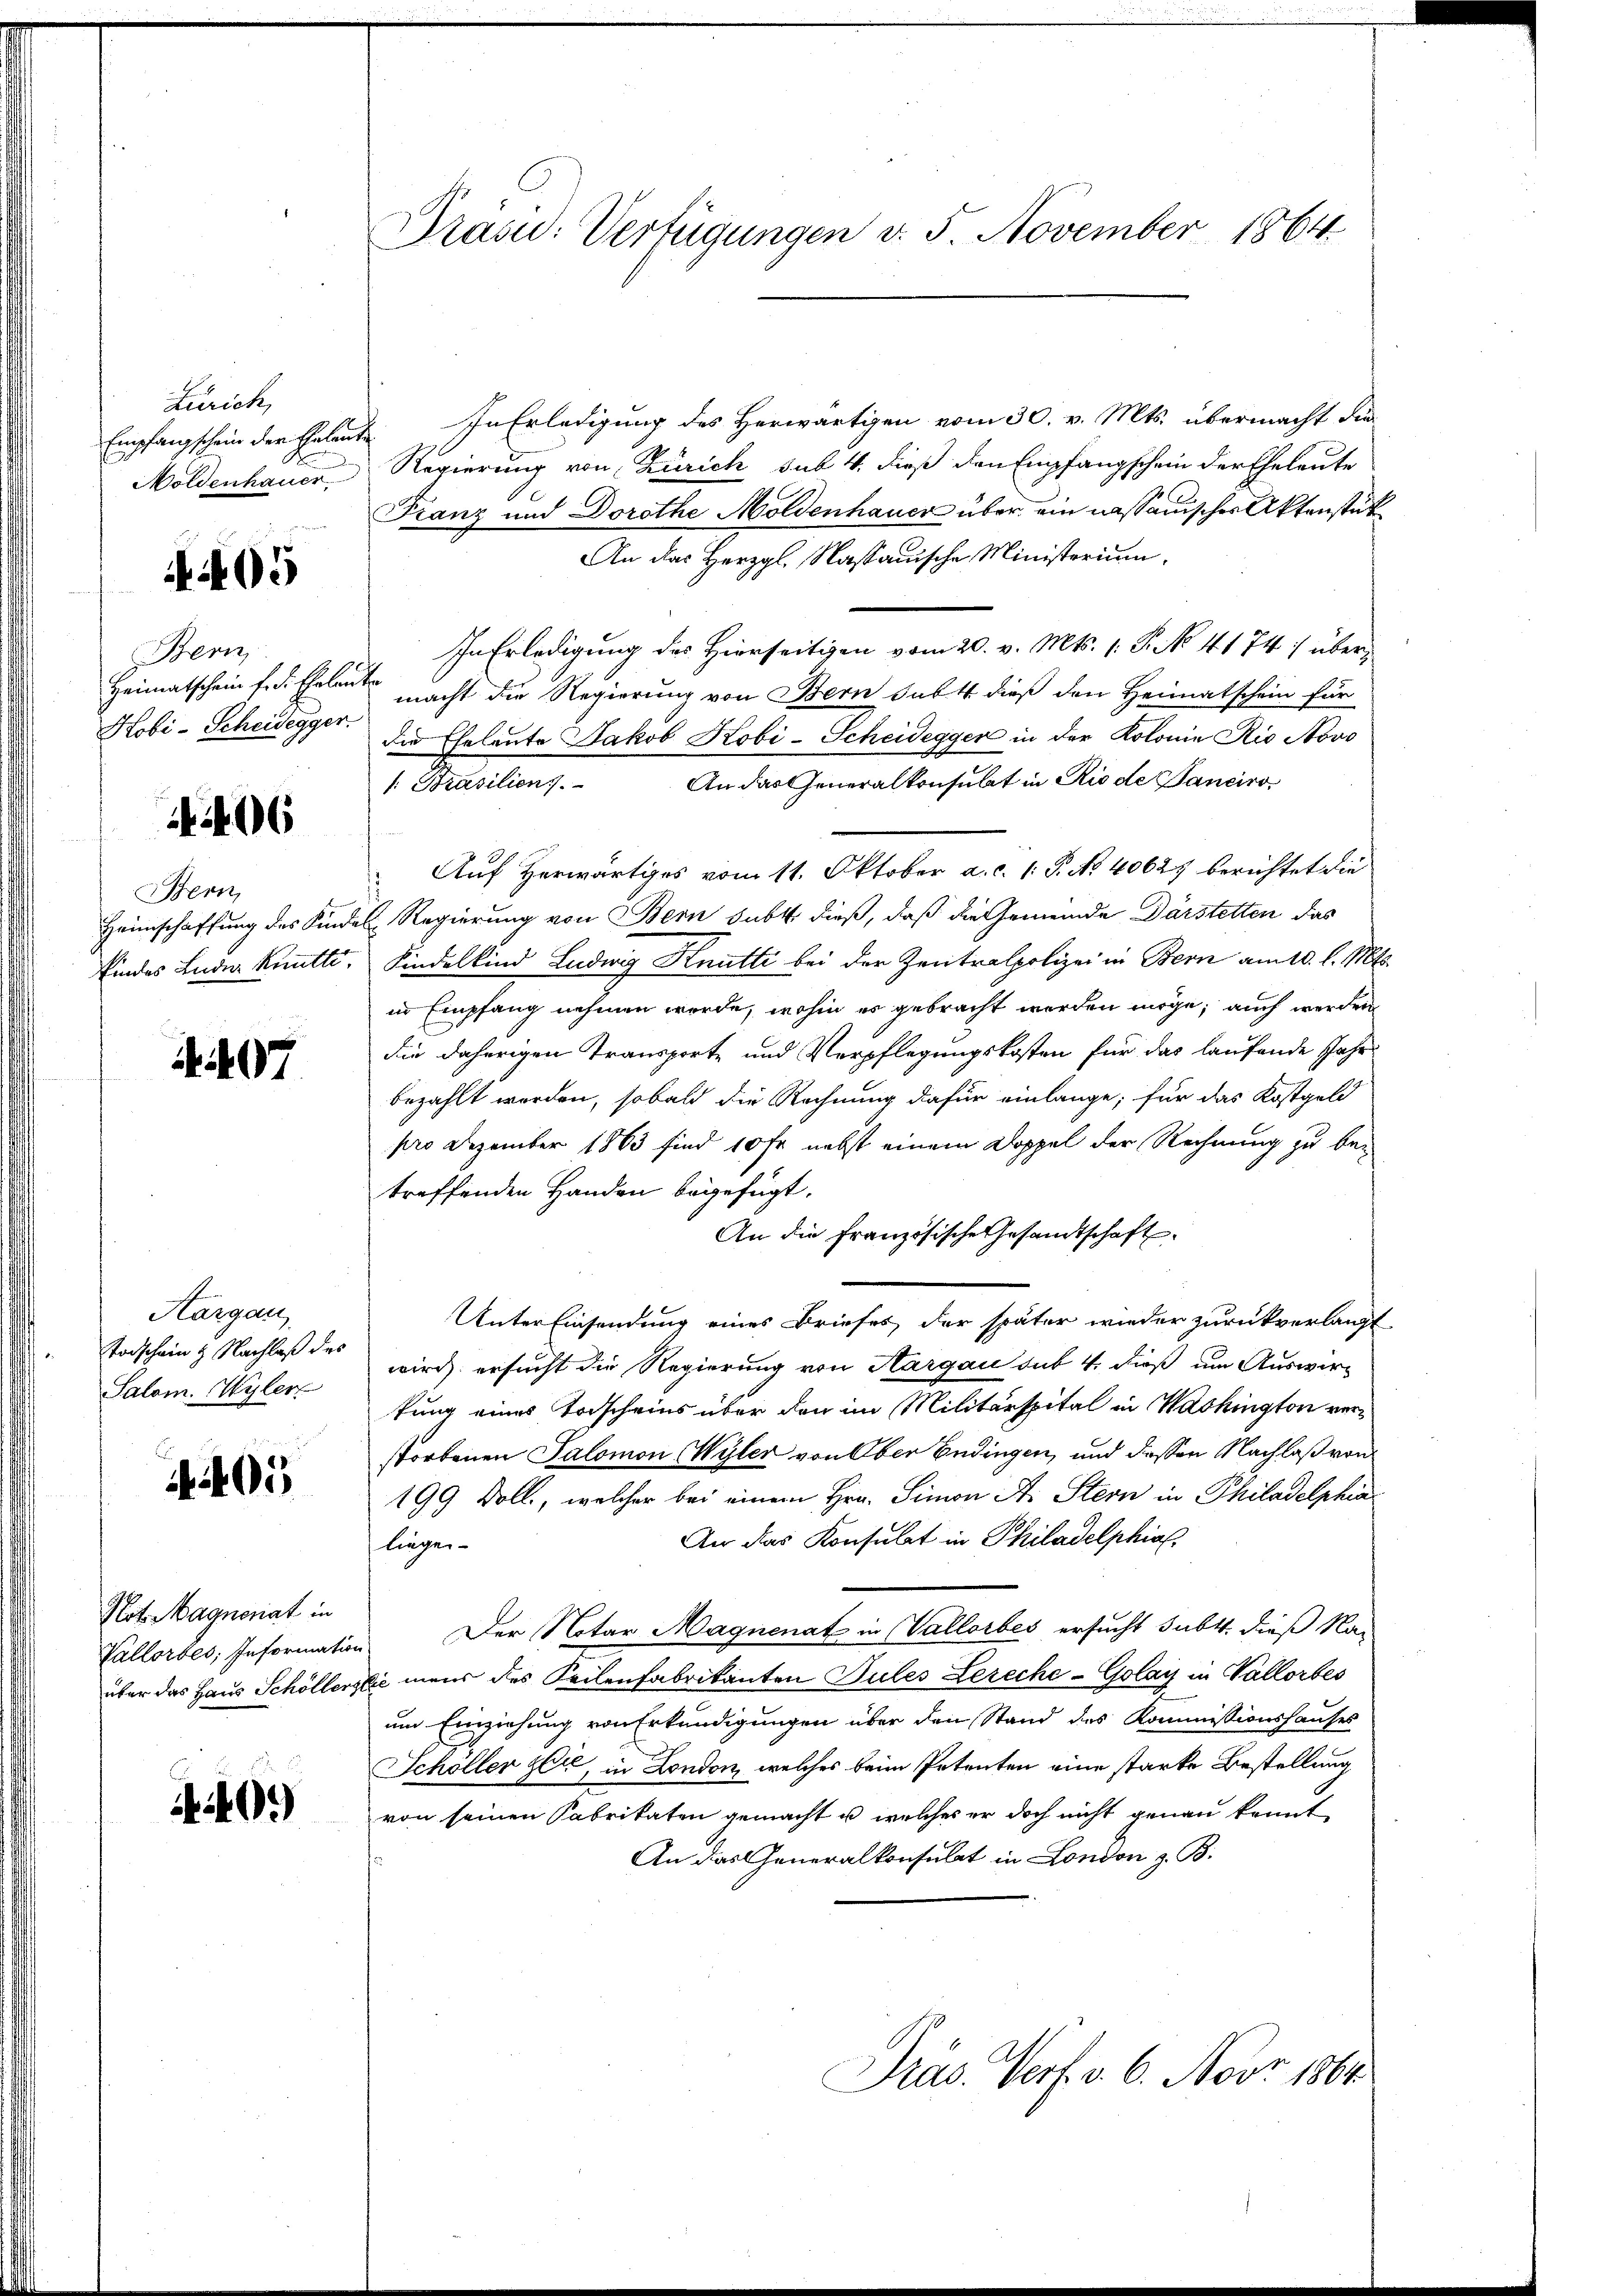
Zürich,
Empfangschein der Galant
Moldenhauer.

405

Bern
Heimatschein f. S. Eheleut
Hobi-Scheidegger.

406

Bern,
Heimschaffung des Kind¬
Eindes Luder kuntli

407

Hargau,
Todschein & Nachlaß des
Salom, Wyler

405

Not. Magnenat in
Vallorbes; Information
über das Haus Schöllerg

40.)

Fränd: Verfügungen v. 5. November 1864

In Erledigung des Herwärtigen vom 30. v. Mts. übermacht die
Regierung von Zürich sub 4. dieß den Empfangschein der Eheleute
Franz und Dorothe Moldenhauer über ein nassauischer Aktenstüt
An der Herzahl. Nassauische Ministerium.
In Erledigung des Hierseitigen vom 20. v. Mts. 1. P. No. 4174) übermacht die Regierung von Bern sub dieß den Heimatschein für
die Eheleute Jakob Kobi-Scheidegger in der Kolonie Rio Novo
An das Generalkonsulat in Rio de Panciro
Prasilien.
Auf Herwärtiges vom 11. Oktober a. c. 1: P. No. 40627 berichtet die
7 Regierung von Bern subt dieß, daß die Gemeinde Darstetten das
Kindelkind Ludwig Knütte bei der Zentralpolizei in Bern am 10. l. Mts.
in Empfang nehmen werde, wohin es gebracht werden möge, auch werden
die daherigen Transporte und Verpflegungskosten für das laufende Jahr
bezahlt worden, sobald die Rechnung dafür einlange; für das Kostgeld
pro Dezember 1863 sind 10 Fr. nebst einem Doppel der Rechnung zu betreffenden Handen begefügt.
An die französische Gesandtschaft
Unter Einsendung eines Briefes der später wieder zurückverlangt
wird ersucht die Regierung von Aargau sub 4. dieß um Auswirtung eines Torscheins über den im Militärspital in Washington verstorbenen Salomon Wyler von Ober Endingen, und dessen Nachlaß von
199 Doll, welcher bei einem Hrn. Simon A. Stern in Philadelphia
An das Konsulat in Philadelphia
liegen
Der Notar Magnenat in Vallorbes ersucht subt, dieß Na-
je mens des Keilenfabrikanten Pules Lereche-Golay in Vallorbes
um Einziehung von Erkundigungen über den Stand des Kommissionshauses
Schöller sei, in London, welches beim Petenten eine starke Bestellung
von seinen Fabrikaten gemacht u. welches er doch nicht genau konnt
An das Generalkonsulat in London z. B.
Präs. Verf. v. 6. Nov. 1864.